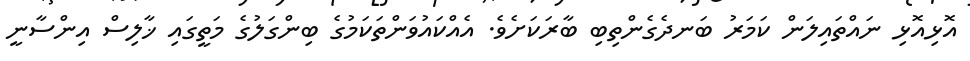
އޮޅިއޮޅި ނައްތައިލަން ކަމަރު ބަނދެގެންތިބި ބާރަކަށެވެ. އެއްކައުވަންތަކަމުގެ ބިންގަލުގެ މަތީގައި ޚާލިސް އިންސާނީ